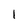
Character: 1